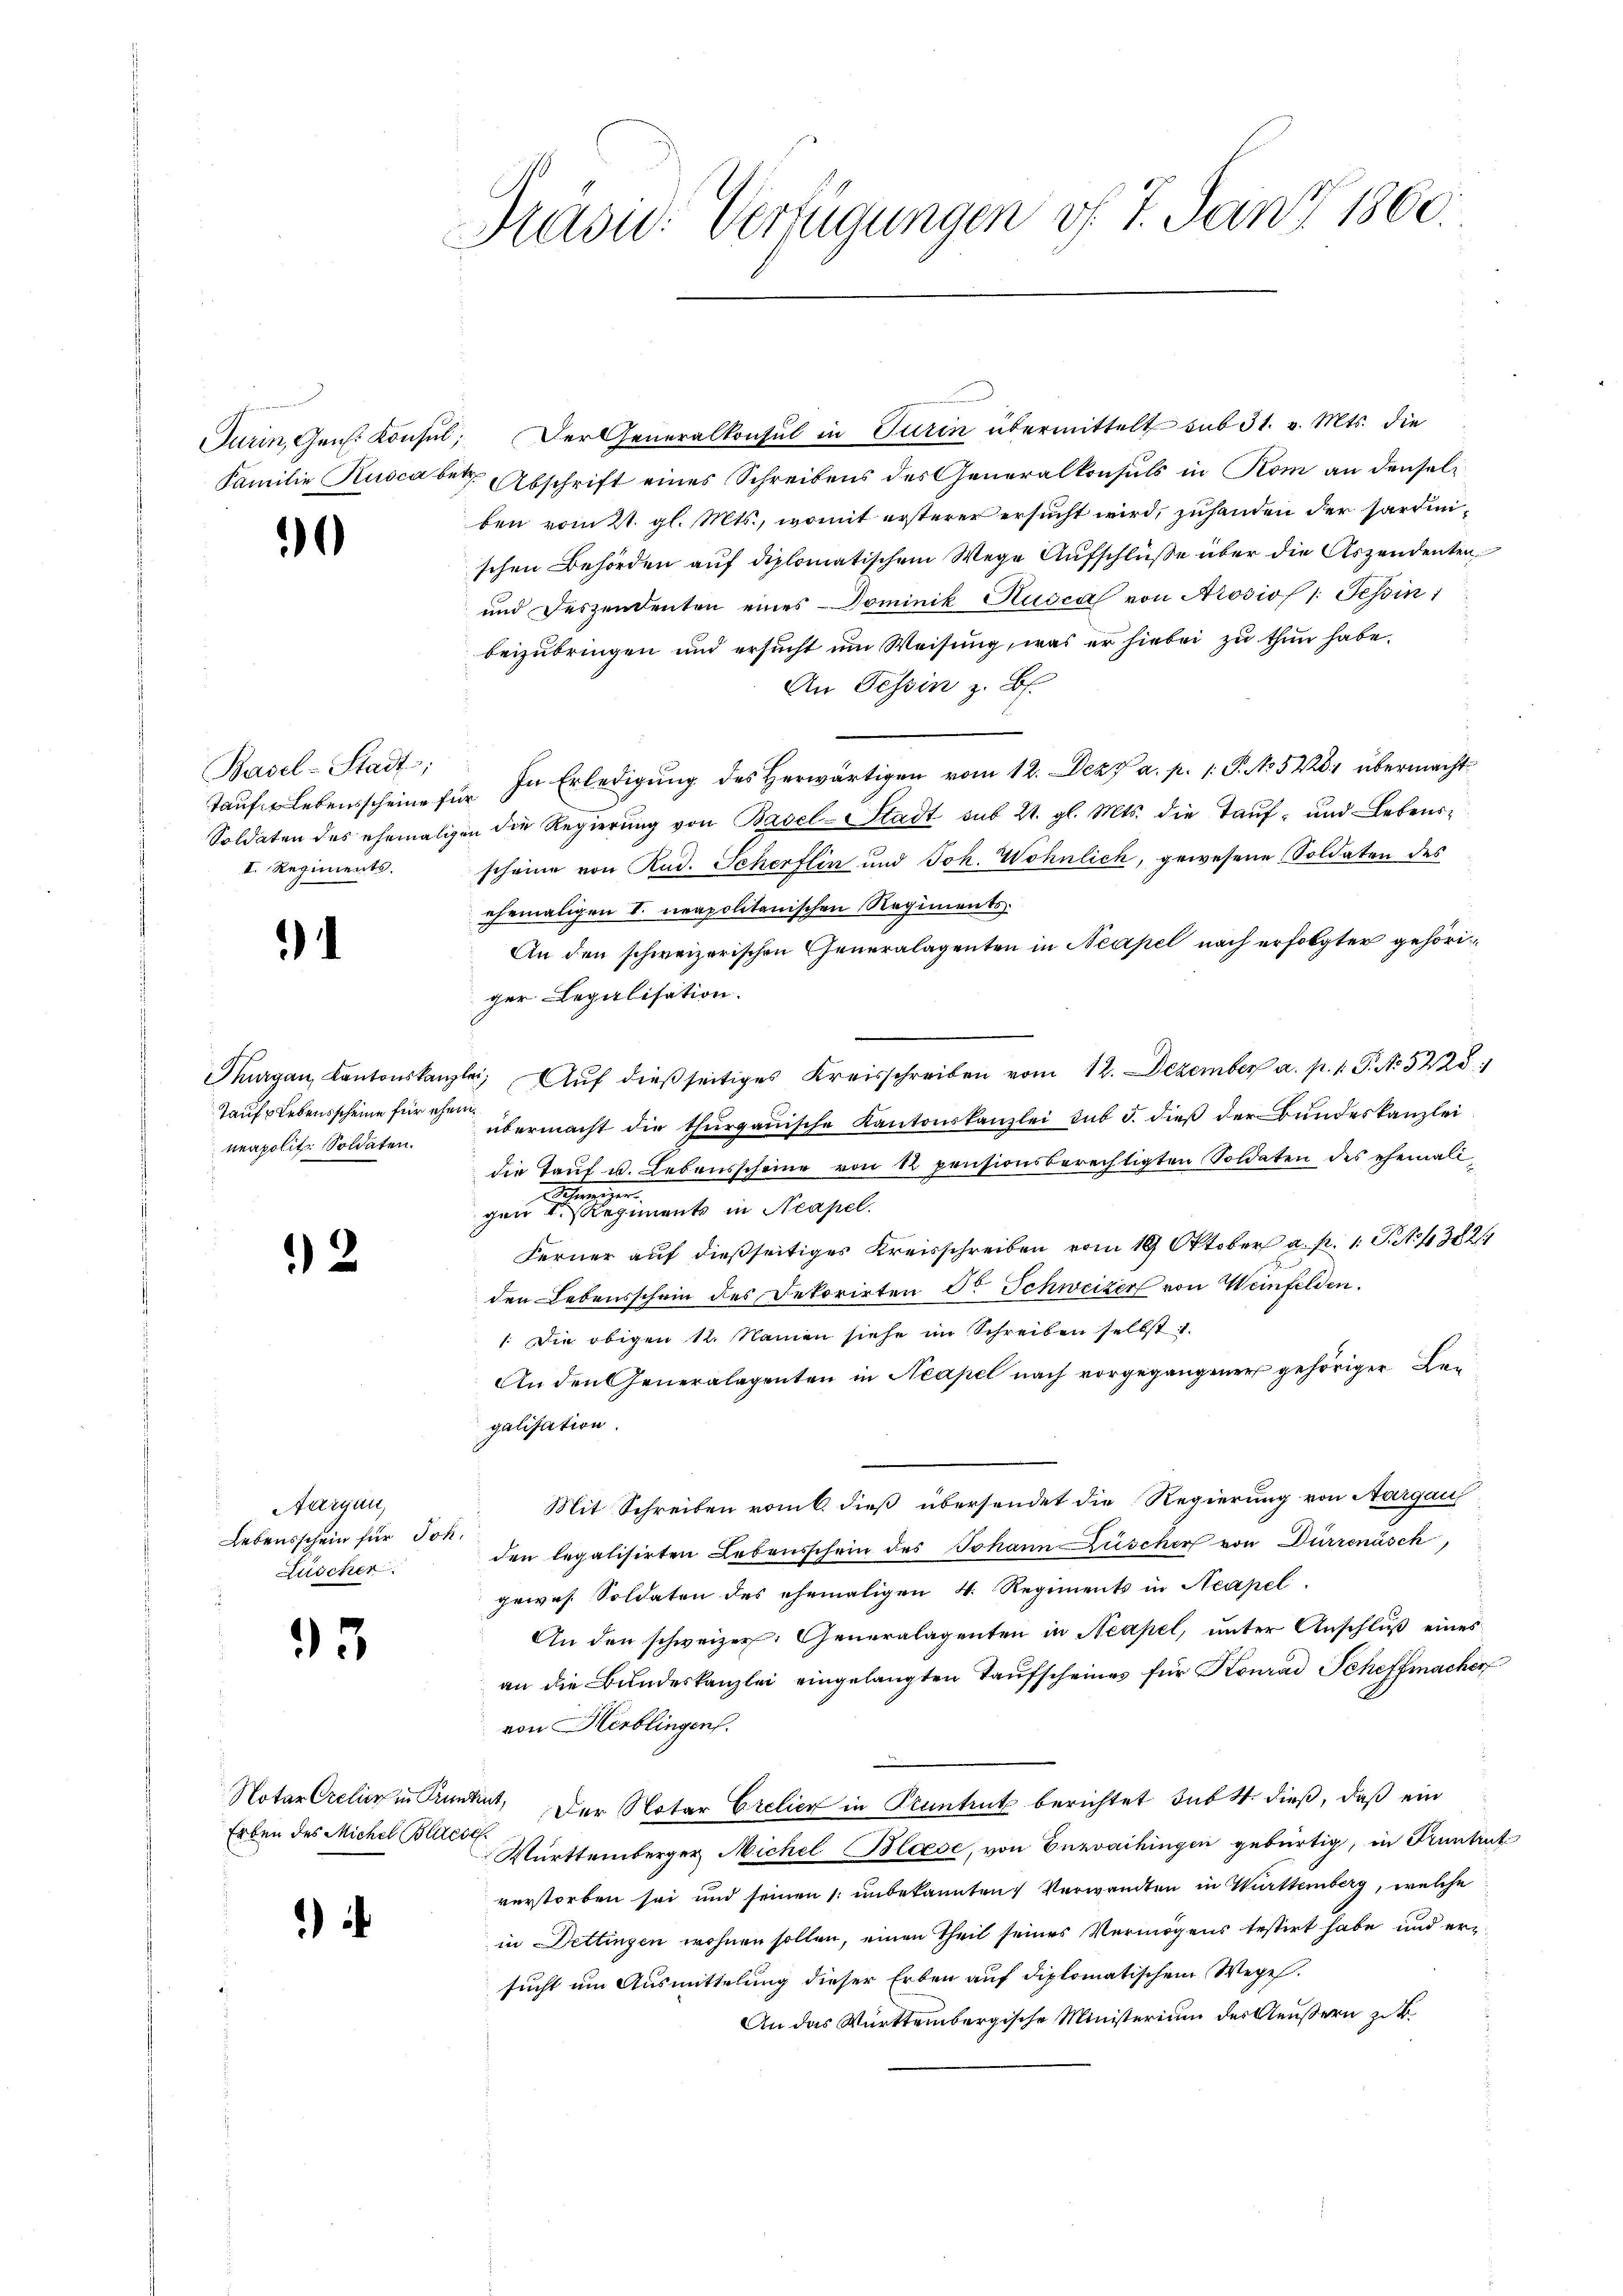
Turin, Gen. Konsul
Familie Kusca b.

1

Basel-Stadt;
tauft Lebensscheine f
Soldaten des ehemali
II. Regiments.

1

Taufs Lebensscheine für ehem
neapolit. Soldaten.

2

Aargau,
Lebensschein für Joh
Lüscher

35

Erben des Michel Blaese

)

Präsid: Verfügungen v. 7. Janz 1860.

E. Der Generalkonsul in Turin übermittelt sub 31. v. Mts. die
e Abschrift eines Schreibens des Generalkonsuls in Rom an denseli
ben vom 21. gl. Mts., womit ersterer ersucht wird, zuhanden der hardinischen Behörden auf diplomatischem Wege Aufschlüße über die Aszendenten
und Deszendenten eines Dominik Rusca von Arosios 1. Tessin 1
beizubringen und ersucht um Weisung, was er hiebei zu thun habe.
An Tessin z. B.
. In Erledigung des Herwärtigen vom 12. Dez. a. p. 1. P. No 5228 übermacht
igen die Regierung von Basel-Stadt sub 21. gl. Mts. die Tauf- und Lebensscheine von Rud. Scherflin und Joh. Wohnlich, gewesene Soldaten des
ehemaligen V. neapolitanischen Regiments
An den schweizerischen Generalagenten in Neapel nach erfolgter gehöriger Legalisation.
Thurgau, Kantonskanzlei Aŭf dieβ seitiges Kreisschreiben vom 12. Dezember a. p. 1. P. Nr. 5228:
übermacht die thurgauische Kantonskanzlei sub 5. dieß der Bundeskanzlei
die Tauf u. Lebensscheine von 12 pensionsberechtigten Soldaten des ehemali¬
Steigen.
gene Regiments in Neapel.
Ferner auf dießseitiges Kreisschreiben vom 19 Oktober a. p. 1 S. 4382
den Lebensschein des Dekorirten dr Schweizer von Weinfelden.
1. Die obigen 12. Namen siehe im Schreiben selbst 1.
An den Generalagenten in Neapel nach vorgegangener gehöriger Legalisation.
Mit Schreiben vom 6 dieß übersendet die Regierung von Aargaus
.
den legalisirten Lebensschein des Johann Zuscher von Dürrenäsch,
gewes. Soldaten des ehemaligen 4. Regiments in Neapel.
An den schweizer. Generalagenten in Neapel, unter Anschluß eines
an die Bundeskanzlei eingelangten Taufscheines für Konrad Scheffmacher
von Herblingen.
Notar Crelin in Pruntert, der Notar Crelicz in Pruntrut berichtet sub 4. dieß, daß ein
Württemberger Nichel Bloese, von Enzvaihingen gebürtig, in Trunkent
verstorben sei und seinen /: unbekannten Verwandten in Württemberg, welche
in Dettingen wohnen sollen, einen Theil seines Vermögens testirt habe und ersucht um Ausmittelung dieser Erben auf diplomatischem Wege.
An das Württembergische Ministerium des Aeußern zu k